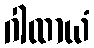
ဂါထာယံ